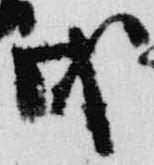
戊